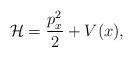
LaTeX: \begin{align*}\mathcal{H} = \frac{p_{x}^{2}}{2} + V(x),\end{align*}